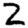
Digit: 2